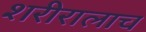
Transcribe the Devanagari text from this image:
शरीरालाच